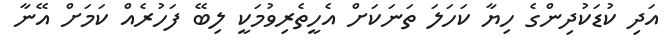
އަދި ކުޑަކުދިންގެ ހިޔާ ކަހަލަ ތަނަކަށް އެހީތެރިވުމަކީ ލިބޭ ފަހުރެއް ކަމަށް އޭނާ